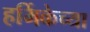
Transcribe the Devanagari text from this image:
हर्मिकेच्या